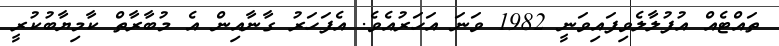
ތައްޓެއް އުފުލާލެވިފައިވަނީ 1982 ވަނަ އަހަރުއެވެ. އެފަހަރު ގާނާއިން އެ މުބާރާތް ކާމިޔާބުކުރީ